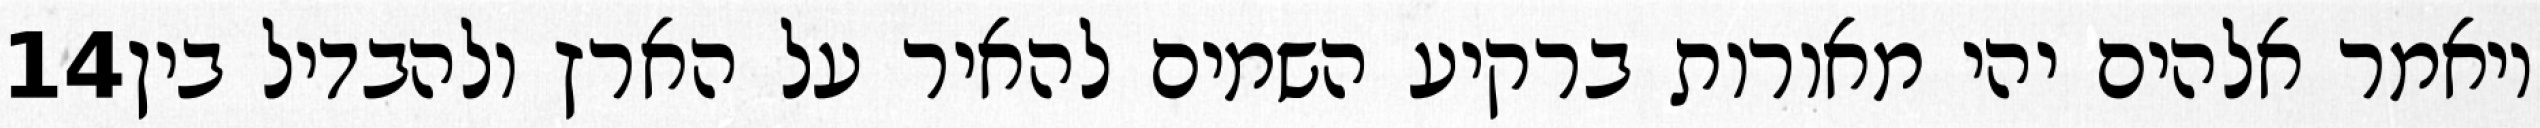
‎14‏ ויאמר אלהים יהי מאורות ברקיע השמים להאיר על הארץ ולהבדיל בין